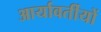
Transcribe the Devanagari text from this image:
आर्यावर्तीयों